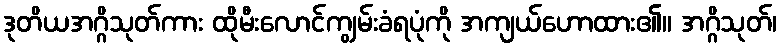
ဒုတိယအဂ္ဂိသုတ်ကား ထိုမီးလောင်ကျွမ်းခံရပုံကို အကျယ်ဟောထား၏။ အဂ္ဂိသုတ်၊